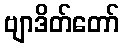
ဗျာဒိတ်တော်